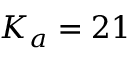
K _ { a } = 2 1